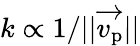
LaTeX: k\propto 1/||\overrightarrow{v_{\mathrm{p}}}||